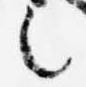
言